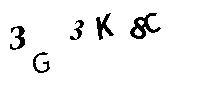
3G3K8C